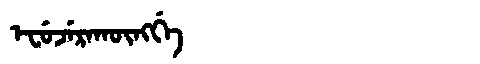
Manchu: ᡝᠸᡠᠵᡝᡵᠠᡴᡡᠩᡤᡝ
Romanization: EFUJERAKŪNGGE